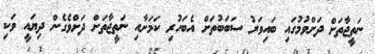
ނަތީޖާތަށް ދަށްވުމުގައި ބައިވަރު ސަބަބުތަށް އެބަހުރި ކަމަށާއި ނަތީޖާތަށް ދަށްވެގެން ދިޔައީ ވަކި